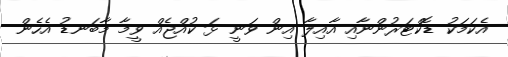
އެކަމަކު ޑޮކްޓަރުންނާއި އާއިލާ އިން ވަނީ ޅަ ކުއްޖެއް ވީމާ މާބަނޑު އެހެން